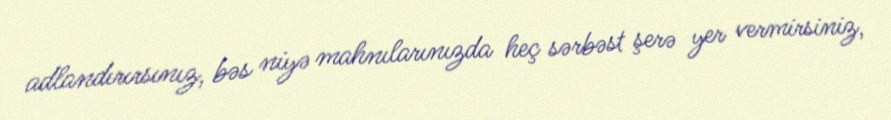
adlandırırsınız, bəs niyə mahnılarınızda heç sərbəst şerə yer vermirsiniz,